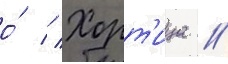
о́ // Хорт'ица /